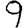
Digit: 9